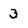
Character: 3